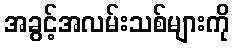
အခွင့်အလမ်းသစ်များကို